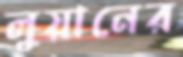
লুয়ানের